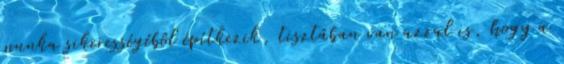
munka sikerességébôl építkezik, tisztában van azzal is, hogy a